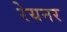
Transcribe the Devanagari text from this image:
रेयनर